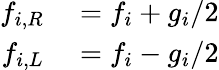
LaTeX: \begin{array}{rl}{f_{i,R}}&{{}=f_{i}+g_{i}/2}\\ {f_{i,L}}&{{}=f_{i}-g_{i}/2}\end{array}